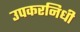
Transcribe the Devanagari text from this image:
उपकरनिधी